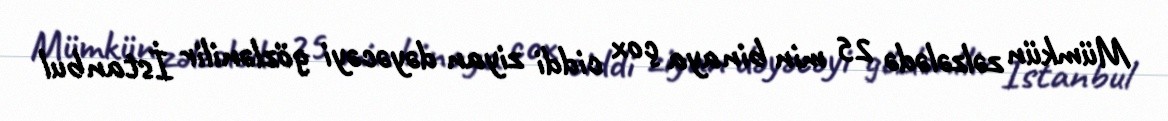
Mümkün zəlzələdə 25 min binaya çox ciddi ziyan dəyəcəyi gözlənilir İstanbul